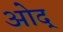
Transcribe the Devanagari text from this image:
ओद्